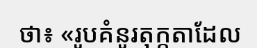
ថា៖ «រូបគំនូរតុក្កតាដែល